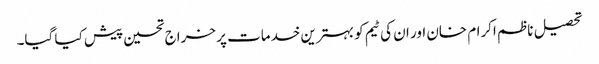
تحصیل ناظم اکرام خان اور ان کی ٹیم کو بہترین خدمات پر خراج تحسین پیش کیا گیا۔